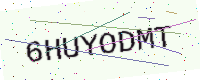
Text: 6HUYODMT